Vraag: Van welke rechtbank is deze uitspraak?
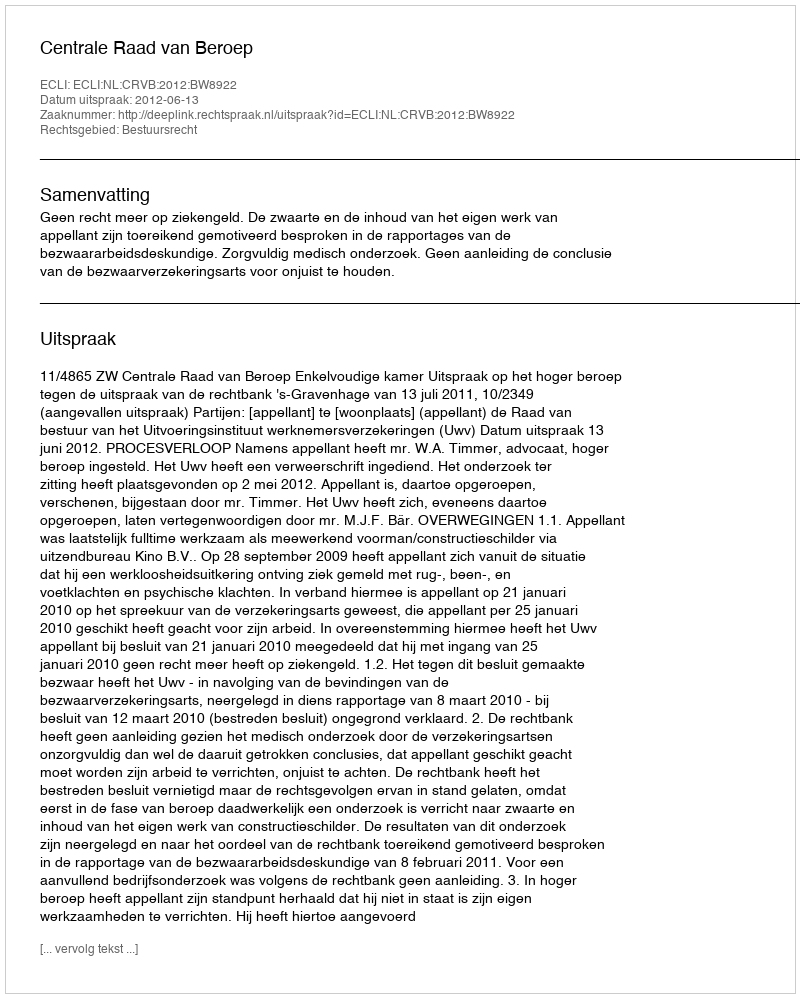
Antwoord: Centrale Raad van Beroep